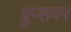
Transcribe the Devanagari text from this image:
ग्रुप्सवर